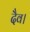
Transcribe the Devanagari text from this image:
दैव।